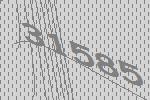
31585